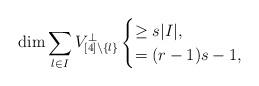
LaTeX: \begin{align*} \dim \sum_{l \in I} V_{[4] \setminus \{ l \}}^\perp \begin{cases} \geq s |I| , \\ = (r-1)s-1 , \end{cases} \end{align*}